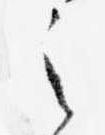
之